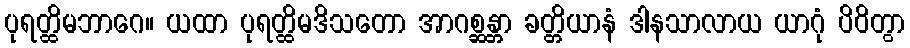
ပုရတ္ထိမဘာဂေ။ ယထာ ပုရတ္ထိမဒိသတော အာဂစ္ဆန္တာ ခတ္တိယာနံ ဒါနသာလာယ ယာဂုံ ပိဝိတွာ